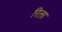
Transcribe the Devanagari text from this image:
रिला